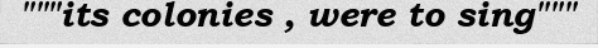
"""its colonies , were to sing"""